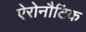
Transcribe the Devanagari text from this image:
ऐरोनौटिक